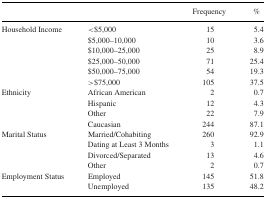
|  |  | Frequency | % |
 | --- | --- | --- | --- |
 | Household Income | <$5,000 | 15 | 5.4 |
 |  | $5,000–10,000 | 10 | 3.6 |
 |  | $10,000–25,000 | 25 | 8.9 |
 |  | $25,000–50,000 | 71 | 25.4 |
 |  | $50,000–75,000 | 54 | 19.3 |
 |  | >$75,000 | 105 | 37.5 |
 | Ethnicity | African American | 2 | 0.7 |
 |  | Hispanic | 12 | 4.3 |
 |  | Other | 22 | 7.9 |
 |  | Caucasian | 244 | 87.1 |
 | Marital Status | Married/Cohabiting | 260 | 92.9 |
 |  | Dating at Least 3 Months | 3 | 1.1 |
 |  | Divorced/Separated | 13 | 4.6 |
 |  | Other | 2 | 0.7 |
 | Employment Status | Employed | 145 | 51.8 |
 |  | Unemployed | 135 | 48.2 |